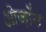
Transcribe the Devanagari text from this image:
ओज़ॉन